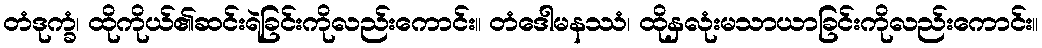
တံဒုက္ခံ၊ ထိုကိုယ်၏ဆင်းရဲခြင်းကိုလည်းကောင်း။ တံဒေါမနဿံ၊ ထိုနှလုံးမသာယာခြင်းကိုလည်းကောင်း။